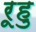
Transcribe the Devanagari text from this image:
रूहु